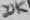
Text: 20K